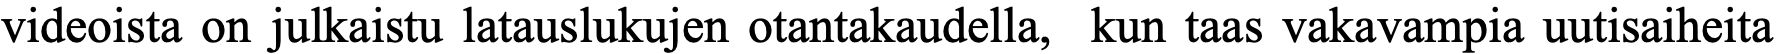
videoista on julkaistu latauslukujen otantakaudella, kun taas vakavampia uutisaiheita